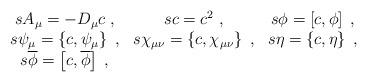
LaTeX: \begin{align*}\begin{array}{ccc}sA_\mu =-D_\mu c\;, & sc=c^2\;, & s\phi =\left[ c,\phi \right] \;, \\ s\psi _\mu =\left\{ c,\psi _\mu \right\} \;, & s\chi _{\mu \nu }=\left\{c,\chi _{\mu \nu }\right\} \;, & s\eta =\left\{ c,\eta \right\} \;, \\ s\overline{\phi }=\left[ c,\overline{\phi }\right] \;, & & \end{array}\end{align*}